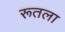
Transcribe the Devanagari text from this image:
रूतला